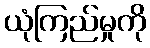
ယုံကြည်မှုကို